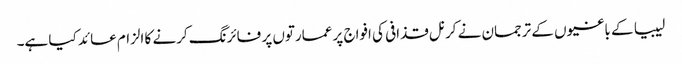
لیبیا کے باغیوں کے ترجمان نے کرنل قذافی کی افواج پر عمارتوں پر فائرنگ کرنے کا الزام عائد کیا ہے۔